Vaccine operations Central Provinces 1868-1885 - 1868-1885
Year: 1868
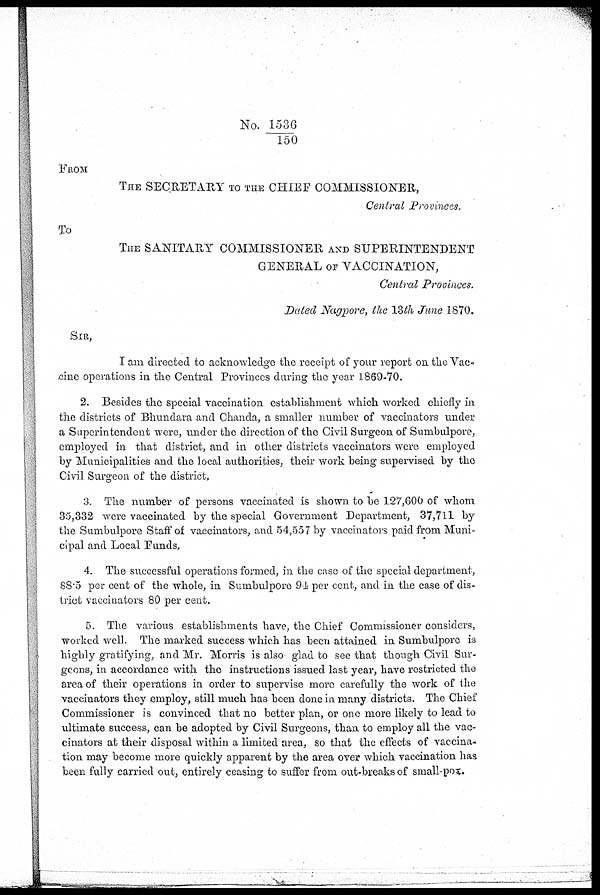
No. 1536/150
FROM
THE SECRETARY TO THE CHIEF COMMISSIONER,
Central Provinces.
To
THE SANITARY COMMISSIONER AND SUPERINTENDENT
GENERAL OF VACCINATION,
Central Provinces.
Dated Nagpore, the 13th June 1870.
SIR,
I am directed to acknowledge the receipt of your report on the Vac-
.cine operations in the Central Provinces during the year 1869-70.
2. Besides the special vaccination establishment which worked chiefly in
the districts of Bhundara and Chanda, a smaller number of vaccinators under
a Superintendent were, under the direction of the Civil Surgeon of Sumbulpore,
employed in that district, and in other districts vaccinators were employed
by Municipalities and the local authorities, their work being supervised by the
Civil Surgeon of the district,
3. The number of persons vaccinated is shown to be 127,600 of whom
35,332 were vaccinated by the special Government Department, 37,711 by
the Sumbulpore Staff of vaccinators, and 54,557 by vaccinators paid from Muni-
cipal and Local Funds,
4. The successful operations formed, in the case of the special department,
88.5 per cent of the whole, in Sumbulpore 94 per cent, and in the case of dis-
trict vaccinators 80 per cent.
5. The various establishments have, the Chief Commissioner considers,
worked well. The marked success which has been attained in Sumbulpore is
highly gratifying, and Mr. Morris is also glad to see that though Civil Sur-
geons, in accordance with the instructions issued last year, have restricted the
area of their operations in order to supervise more carefully the work of the
vaccinators they employ, still much has been done in many districts. The Chief
Commissioner is convinced that no better plan, or one more likely to lead to
ultimate success, can be adopted by Civil Surgeons, than to employ all the vac-
cinators at their disposal within a limited area, so that the effects of vaccina-
tion may become more quickly apparent by the area over which vaccination has
been fully carried out, entirely ceasing to suffer from out-breaks of small-pox.